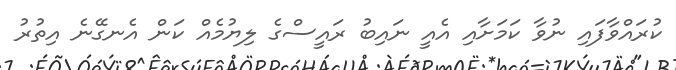
ކުރައްވާފައި ނުވާ ކަމަށާއި އެއީ ނައިބު ރައީސްގެ ލިޔުމެއް ކަން އެނގޭނެ އިތުރު